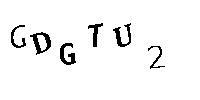
GDGTU2